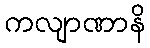
ကလျာဏာနိ